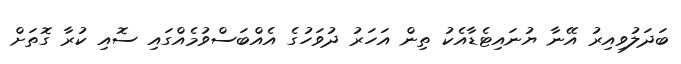
ބަދަލުވިއިރު އޭނާ ޔުނައިޓެޑާއެކު ތިން އަހަރު ދުވަހުގެ އެއްބަސްވުމެއްގައި ސޮއި ކުރާ ގޮތަށް